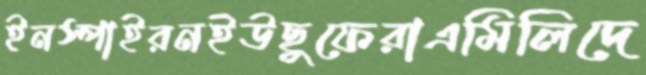
ইনস্পাইরনইউছুফেরাএমিলিদে